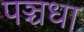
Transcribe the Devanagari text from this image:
पञ्चधा